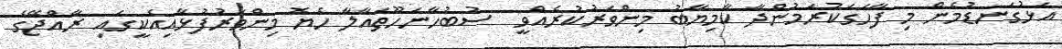
އަޅުގަނޑުމެން މި ފާހަގަކުރަމުންދާ ކާމިޔާބު މިންވަރުކުރެއްވީ  ސުބުހާނަހޫތައާލާ ހެޔޮ މިންވަރުފުޅާއިއެކީގައި ރާއްޖޭގެ